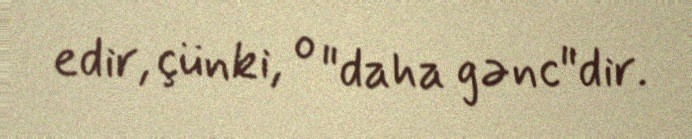
edir, çünki, o "daha gənc"dir.